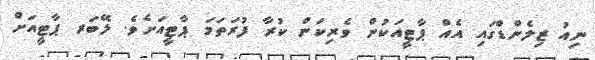
ނިއު ޒިލެންޑްގައި އެއް ޕާޓީއަކުން ވެރިކަން ކުރާ ފުރަތަމަ ޕާޓީއަށެވެ. ލޭބަރ ޕާޓީއަށް